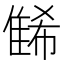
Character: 𨿛